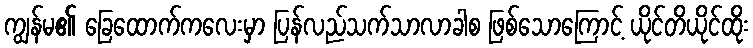
ကျွန်မ၏ ခြေထောက်ကလေးမှာ ပြန်လည်သက်သာလာခါစ ဖြစ်သောကြောင့် ယိုင်တိယိုင်ထိုး